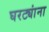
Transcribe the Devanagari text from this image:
घरट्यांना